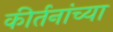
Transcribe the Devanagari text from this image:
कीर्तनांच्या